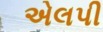
એલપી